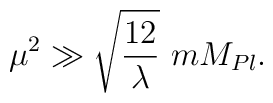
\mu^2\gg \sqrt{\frac{12}{\lambda}}\ mM_{Pl}.